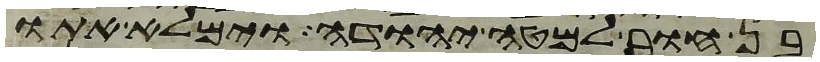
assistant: בן חור למטה יהודה וימלא אתו